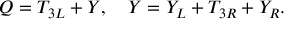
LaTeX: Q = T _ { 3 L } + Y , ~ ~ ~ Y = Y _ { L } + T _ { 3 R } + Y _ { R } .